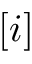
[ i ]